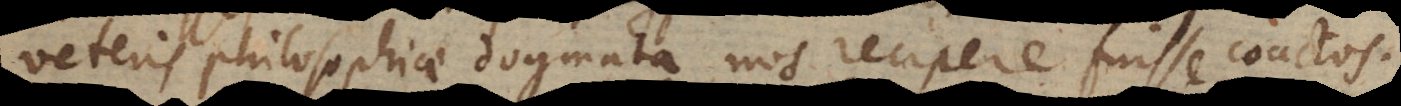
veteris philosophiae dogmata nos recipere fuisse coactos.